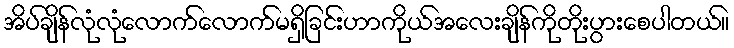
အိပ်ချိန်လုံလုံလောက်လောက်မရှိခြင်းဟာကိုယ်အလေးချိန်ကိုတိုးပွားစေပါတယ်။